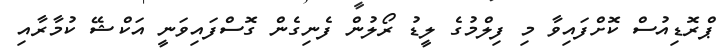
ޕްރޮޑިއުސް ކޮށްފައިވާ މި ފިލްމުގެ ލީޑު ރޯލުން ފެނިގެން ގޮސްފައިވަނީ އަކްޝޭ ކުމާރާއި